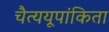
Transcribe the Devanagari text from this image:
चैत्ययूपांकिता